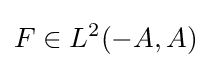
F\in L^{2}(-A,A)